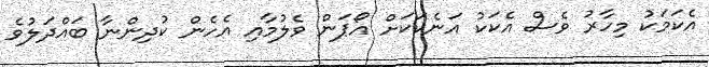
އެކަމަކު މިހާރު ވެސް އެކަކު އަނެކަކަށް އޯޕަން ވެލުމާއި އެހެން ކުދިންނާ ބައްދަލުވެ